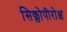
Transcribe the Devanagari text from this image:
सिक्लोपीरोक्ष